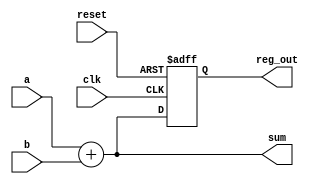
module example_logic (
    input wire clk,          // Clock input
    input wire reset,        // Reset input
    input wire [3:0] a,      // 4-bit input a
    input wire [3:0] b,      // 4-bit input b
    output reg [3:0] sum,     // 4-bit output for sum
    output reg [3:0] reg_out  // 4-bit output for register
);

// Combinational Logic: Calculate sum of a and b
always @* begin
    sum = a + b; // Sum is calculated based on inputs a and b
end

// Sequential Logic: Register to hold the value of sum on clock edge
always @(posedge clk or posedge reset) begin
    if (reset) begin
        reg_out <= 4'b0000; // Reset the register output to 0
    end else begin
        reg_out <= sum; // Capture the sum value on the rising edge of the clock
    end
end

endmodule